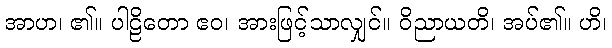
အာဟ၊ ၏။ ပါဠိတော ဧဝ၊ အားဖြင့်သာလျှင်။ ဝိညာယတိ၊ အပ်၏။ ဟိ၊